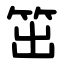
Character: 笜